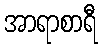
အာရာစာရီ